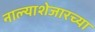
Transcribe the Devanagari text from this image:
नाल्याशेजारच्या